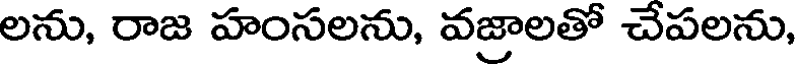
లను, రాజ హంసలను, వజ్రాలతో చేపలను,